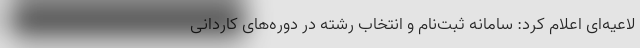
لاعیه‌ای اعلام کرد: سامانه ثبت‌نام و انتخاب رشته در دوره‌های کاردانی